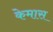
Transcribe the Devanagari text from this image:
केमास